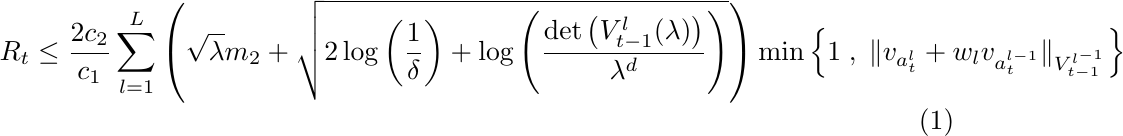
\begin{align} \label{eq:intialRegBoundUCB}
\begin{split}
    R_t &\leq \frac{2c_2}{c_1} \sum_{l=1}^L \left(\sqrt{\lambda} m_2 + \sqrt{2\log\left(\frac{1}{\delta}\right) + \log\left(\frac{\det\left(V_{t-1}^l(\lambda)\right)}{\lambda^d}\right)}\right) \min\left\{1\; , \; \|v_{a_t^l} + w_l v_{a_t^{l-1}}\|_{V_{t-1}^{l^{-1}}}\right\}
\end{split}
\end{align}